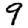
Digit: 9